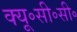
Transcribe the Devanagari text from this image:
क्यू॰सी॰सी॰